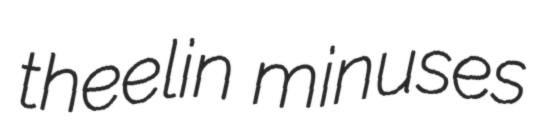
theelin minuses